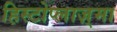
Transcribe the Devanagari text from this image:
हिस्टोप्लाज़्मा